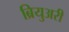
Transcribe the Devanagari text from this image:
ब्रियुअरी